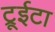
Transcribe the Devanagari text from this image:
ट्रूईटा